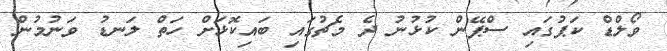
ވޯލްޑް ކަޕުގައި ސްޕޭން ކުޅުނު ދެ މެޗުގައި ބައިކޮޅަށް ހަތް ލަނޑު ވަނުމުން